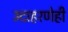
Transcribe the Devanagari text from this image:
उदाहरणेही